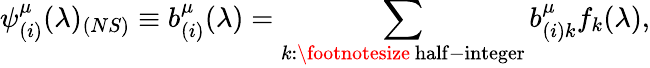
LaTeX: \psi_{(i)}^{\mu}(\lambda)_{(NS)}\equiv b_{(i)}^{\mu}(\lambda)=\sum_{k:\mathrm{\footnotesize~half-integer}}b_{(i)k}^{\mu}f_{k}(\lambda),